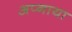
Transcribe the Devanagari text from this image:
अप्नाया